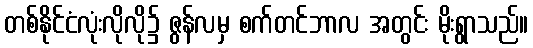
တစ်နိုင်ငံလုံးလိုလို၌ ဇွန်လမှ စက်တင်ဘာလ အတွင်း မိုးရွာသည်။